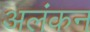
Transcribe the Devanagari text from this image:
अलंकन